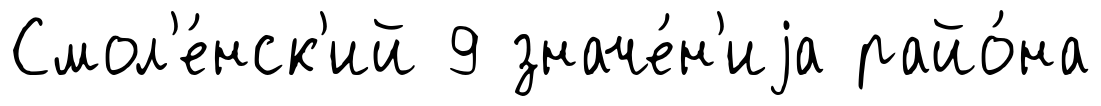
Смол'е́нск'ий 9 значе́н'иjа райо́на